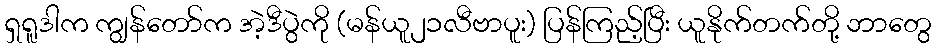
ရှရူဒါက ကျွန်တော်က အဲ့ဒီပွဲကို (မန်ယူ၂၁လီဗာပူး) ပြန်ကြည့်ပြီး ယူနိုက်တက်တို့ ဘာတွေ